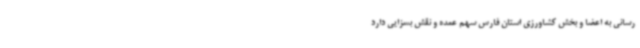
رسانی به اعضا و بخش کشاورزی استان فارس سهم عمده و نقش بسزایی دارد